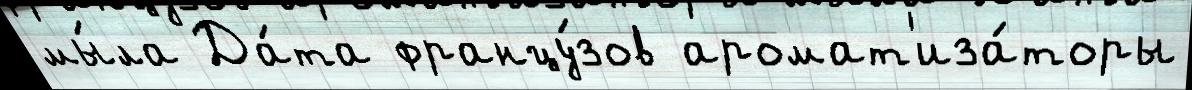
мы́ла Да́та францу́зов аромат'иза́торы